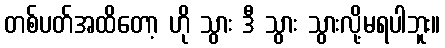
တစ်ပတ်အထိတော့ ဟို သွား ဒီ သွား သွားလို့မရပါဘူး။